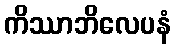
ကိဿာဘိလေပနံ